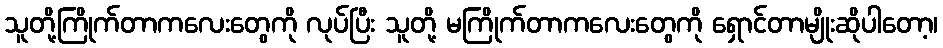
သူတို့ကြိုက်တာကလေးတွေကို လုပ်ပြီး သူတို့ မကြိုက်တာကလေးတွေကို ရှောင်တာမျိုးဆိုပါတော့၊